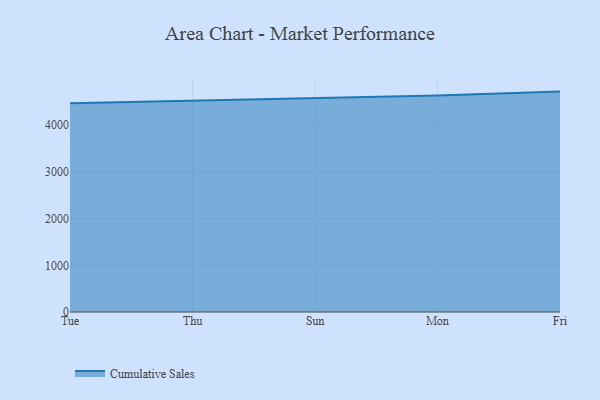
{"axis": {"x": "Day", "y": "Market Share (%)"}, "legend": ["Cumulative Sales"], "data": [{"x": "Tue", "y": 4467.4, "type": "Cumulative Sales"}, {"x": "Thu", "y": 4523.4, "type": "Cumulative Sales"}, {"x": "Sun", "y": 4582.2, "type": "Cumulative Sales"}, {"x": "Mon", "y": 4637.3, "type": "Cumulative Sales"}, {"x": "Fri", "y": 4719.0, "type": "Cumulative Sales"}]}